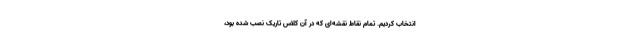
انتخاب کردیم. تمام نقاطِ نقشه‌ای که در آن کلاسِ تاریک نصب شده بود،